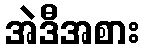
အဲဒီအစား